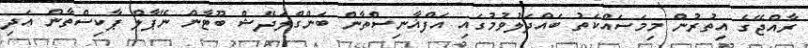
ރާއްޖޭގެ އިތުރުން މިމަސައްކަތު ބައްދަލުވުމުގައި އަފްޣާނިސްތާން ބަންގްލަދޭޝް ބޫޓާން ނޭޕާލް ޕާކިސްތާން އަދި